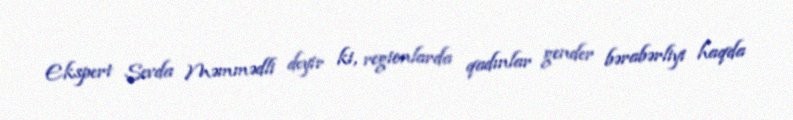
Ekspert Sevda Məmmədli deyir ki, regionlarda qadınlar gender bərabərliyi haqda